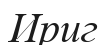
Ириг